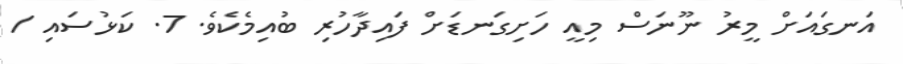
އަނގައަށް މީރު ނޫނަސް މިއީ ހަށިގަނޑަށް ފައިދާހުރި ބުއިމެކެވެ. 7. ކަޅުސައި /